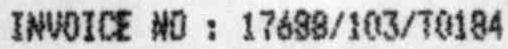
INVOICE NO : 17688/103/T0184